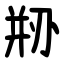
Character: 剙